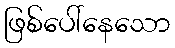
ဖြစ်ပေါ်နေသော